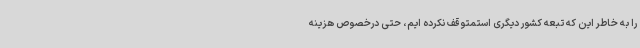
را به خاطر این که تبعه کشور دیگری استمتوقف نکرده ایم، حتی درخصوص هزینه